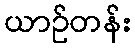
ယာဉ်တန်း